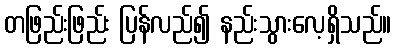
တဖြည်းဖြည်း ပြန်လည်၍ နည်းသွားလေ့ရှိသည်။